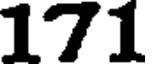
171